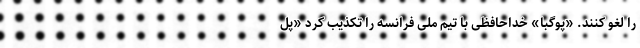
را لغو کنند. «پوگبا» خداحافظی با تیم ملی فرانسه را تکذیب کرد «پل